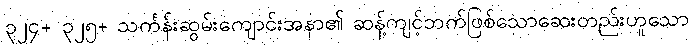
၃၂၄+ ၃၂၅+ သင်္ကန်းဆွမ်းကျောင်းအနာ၏ ဆန့်ကျင့်ဘက်ဖြစ်သောဆေးတည်းဟူသော